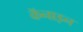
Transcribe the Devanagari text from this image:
कॅनाइन